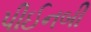
પીઈનબી